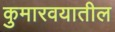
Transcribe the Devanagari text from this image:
कुमारवयातील